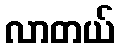
လာတယ်